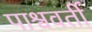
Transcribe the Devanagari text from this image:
पाश्ववर्ती